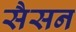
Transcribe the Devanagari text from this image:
सैसन